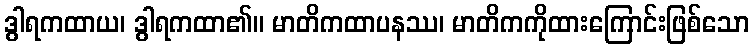
ဒွါရကထာယ၊ ဒွါရကထာ၏။ မာတိကထာပနဿ၊ မာတိကကိုထားကြောင်းဖြစ်သော